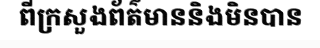
ពីក្រសួងព័ត៌មាននិងមិនបាន